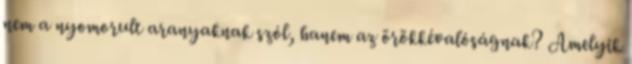
nem a nyomorult aranyaknak szól, hanem az örökkévalóságnak? Amelyik